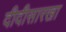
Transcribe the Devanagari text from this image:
दीदीसारखा